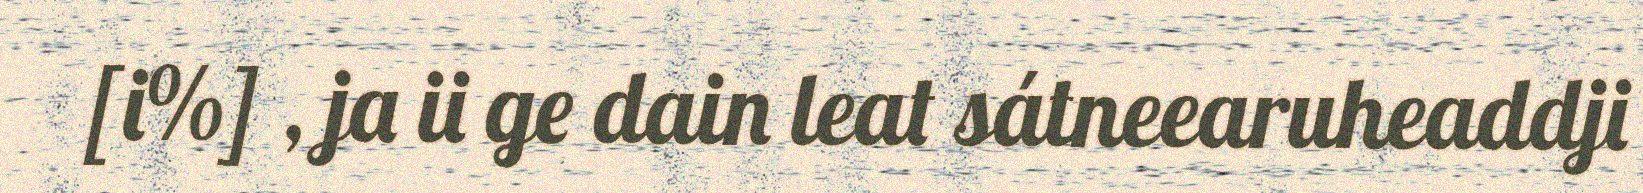
[i%] , ja ii ge dain leat sátneearuheaddji